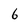
Character: 6